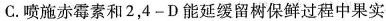
C. 喷施赤霉素和 2，4 - D 能延缓留树保鲜过程中果实